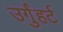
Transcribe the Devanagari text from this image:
उर्गुंहर्ट